Scientific memoirs by medical officers of the Army of India - Part VIII,
Year: 1894
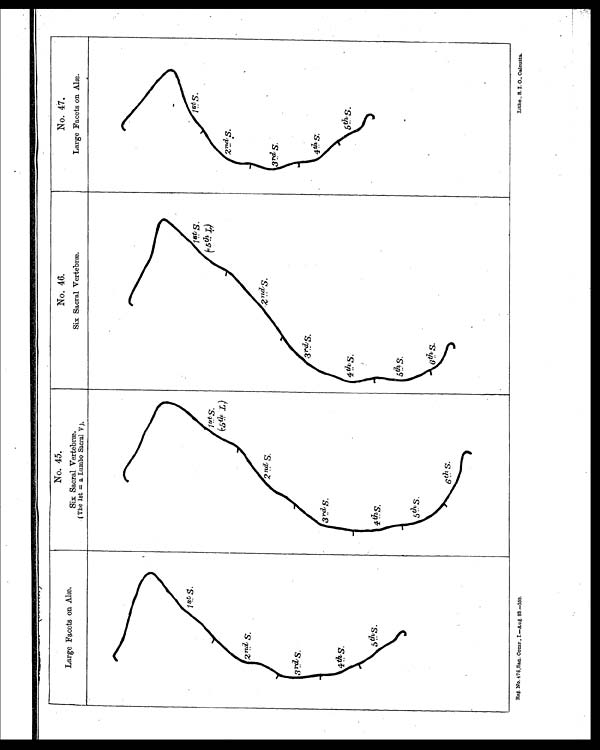
Reg. No. 476,San. Comr., I.—Aug. 93.—350.
Litho., S. I. O., Calcutta.